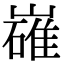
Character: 𡽛